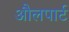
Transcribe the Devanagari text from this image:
औलपार्ट